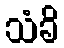
သံခိ